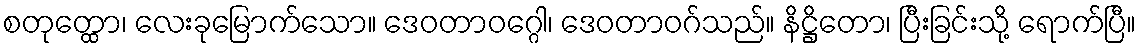
စတုတ္ထော၊ လေးခုမြောက်သော။ ဒေဝတာဝဂ္ဂေါ၊ ဒေဝတာဝဂ်သည်။ နိဋ္ဌိတော၊ ပြီးခြင်းသို့ ရောက်ပြီ။